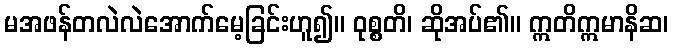
မအဖန်တလဲလဲအောက်မေ့ခြင်းဟူ၍။ ဝုစ္စတိ၊ ဆိုအပ်၏။ ဣတိဣမာနိဆ၊